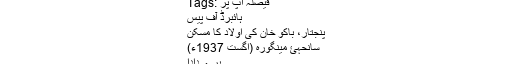
Tags: فیصلہ آپ پر
ہائبرڈ آف پیس
پنجتار، باکو خان کی اولاد کا مسکن
سانحہئ مینگورہ (اگست 1937ء)
پرے دادا